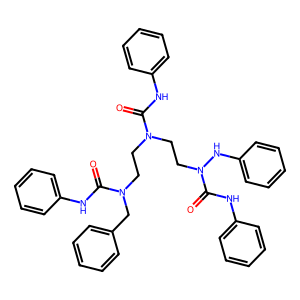
SMILES: O=C(Nc1ccccc1)N(CCN(Cc1ccccc1)C(=O)Nc1ccccc1)CCN(Nc1ccccc1)C(=O)Nc1ccccc1
Inhibits HIV replication: No